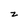
Character: z